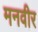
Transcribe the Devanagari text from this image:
मनवीर